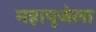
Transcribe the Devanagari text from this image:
महापूजेला